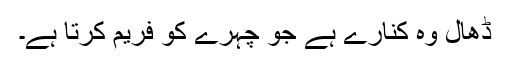
ڈھال وہ کنارے ہے جو چہرے کو فریم کرتا ہے۔